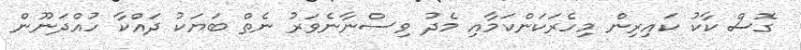
ގޮސް ކާކު ކައިރިން މިހެރަކަންކަމާއި މެދު ވިސްނާނެވަރު ނެތް ބަޔަކު ދައްކާ ހުއްދަނޫން